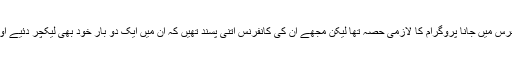
ایک سال کے لئیے ہفتے میں‌ ایک کانفرس میں‌ جانا پروگرام کا لازمی حصہ تھا لیکن مجھے ان کی کانفرنس اتنی پسند تھیں‌ کہ ان میں‌ ایک دو بار خود بھی لیکچر دئیے اور دونوں‌سال باقاعدگی سے جاتی رہی۔